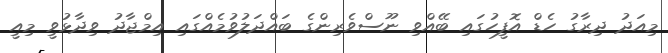
މިއަދު ދިރާގު ހެޑް އޮފީހުގައި ބޭއްވި ނޫސްވެރިންގެ ބައްދަލުވުމެއްގައި އިމްޖާދު ވިދާޅުވީ މިއީ